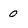
Character: 0